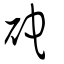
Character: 砣